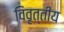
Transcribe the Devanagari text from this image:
विवृत्तीय